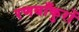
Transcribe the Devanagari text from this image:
रणबाँकुरों